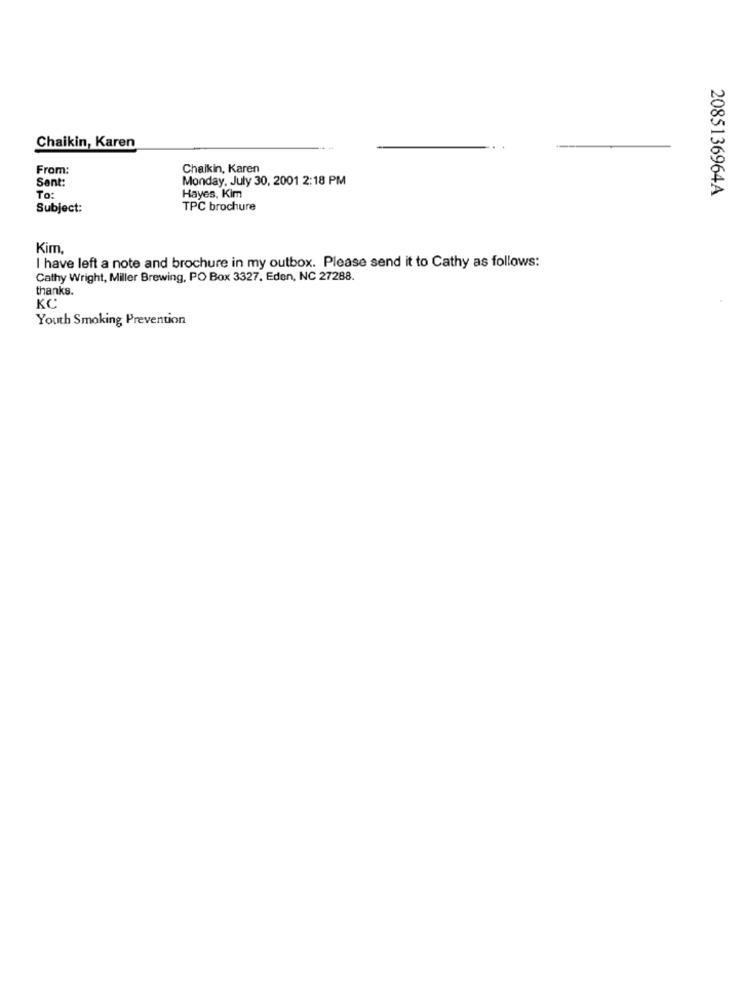
Chaikin, Karen
From:
Chaikin, Karen
Sent:
Monday, July 30, 2001 2:18 PM
Hayes, Kim
2085136964A
To:
Subject:
TPC brochure
Kim,
I have left a note and brochure in my outbox. Please send it to Cathy as follows:
Cathy Wright, Miller Brewing, PO Box 3327. Eden, NC 27288.
thanks.
KC
Youth Smoking Prevention